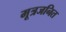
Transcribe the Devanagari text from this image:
मूत्रजनित